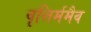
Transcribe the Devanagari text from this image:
वृत्तिर्ममैव